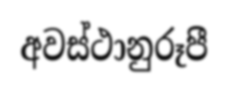
අවස්ථානුරූපී